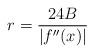
LaTeX: \begin{align*}r = \frac{24 B}{|f''(x)|}\end{align*}